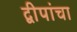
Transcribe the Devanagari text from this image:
द्वीपांचा